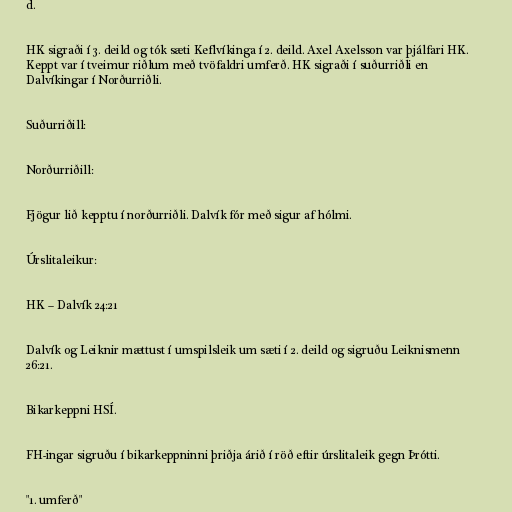
d.

HK sigraði í 3. deild og tók sæti Keflvíkinga í 2. deild. Axel Axelsson var þjálfari HK.
Keppt var í tveimur riðlum með tvöfaldri umferð. HK sigraði í suðurriðli en
Dalvíkingar í Norðurriðli.

Suðurriðill:

Norðurriðill:

Fjögur lið kepptu í norðurriðli. Dalvík fór með sigur af hólmi.

Úrslitaleikur:

HK – Dalvík 24:21

Dalvík og Leiknir mættust í umspilsleik um sæti í 2. deild og sigruðu Leiknismenn
26:21.

Bikarkeppni HSÍ.

FH-ingar sigruðu í bikarkeppninni þriðja árið í röð eftir úrslitaleik gegn Þrótti.

"1. umferð"